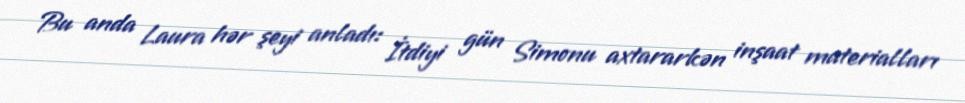
Bu anda Laura hər şeyi anladı: İtdiyi gün Simonu axtararkən inşaat materialları